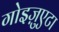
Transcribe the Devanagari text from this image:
गोइज़ुएटा